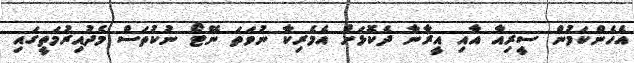
އެހެންކަމުން ސީރިއާ އާއި އީރާނާ ދެކޮޅަށް އެމެރިކާ ނުވަތަ ނޭޓޯ ނުކުތަސް މެދުއިރުމަތީގައި